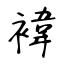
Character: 褘